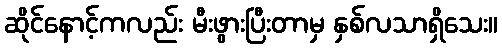
ဆိုင်နောင့်ကလည်း မီးဖွားပြီးတာမှ နှစ်လသာရှိသေး။